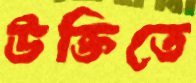
উক্তিতে